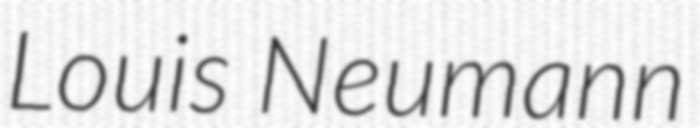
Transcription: Louis Neumann